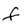
Character: f